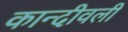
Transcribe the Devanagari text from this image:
कान्दीवली